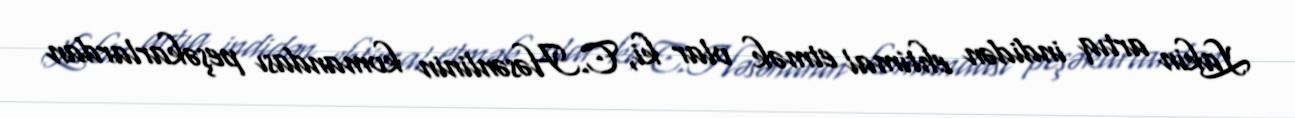
Lakin artıq indidən ehtimal etmək olar ki, C.Həsənlinin komandası peşəkarlardan